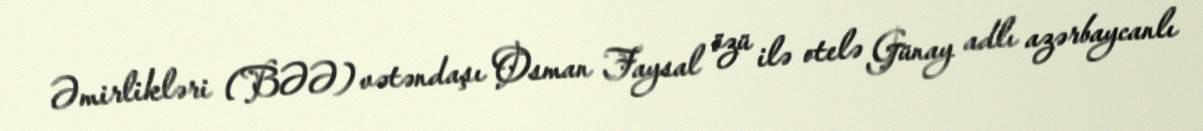
Əmirlikləri (BƏƏ) vətəndaşı Osman Faysal özü ilə otelə Günay adlı azərbaycanlı